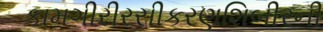
કામગીરીરસીકરણશિબીરની